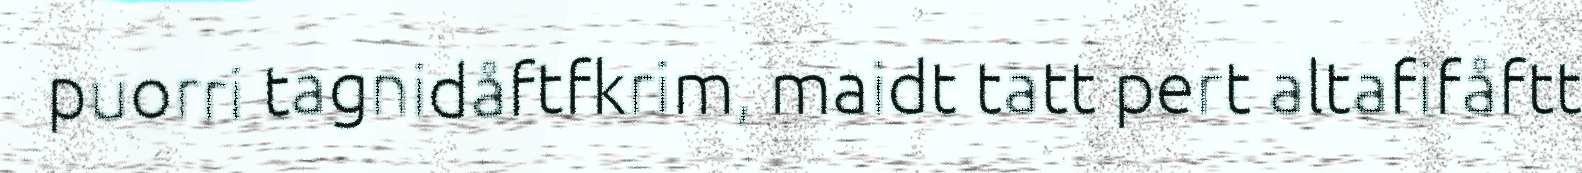
puorri tagnidåftfkrim, maidt tatt pert altafifåftt